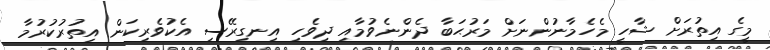
މީގެ އިތުރަށް ޝާހީ މެހެމާނުންނަށް މަރުޙަބާ ދެންނެވުމާއި ދިވެހި އިނގިރޭސި އެކުވެރިކަން އިތުރުކުރުމާ